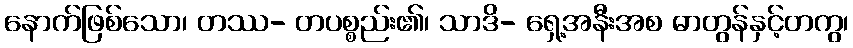
နောက်ဖြစ်သော၊ တဿ- တပစ္စည်း၏၊ သာဒိ- ရှေ့အနီးအစ ဓာတွန်နှင့်တကွ၊